Annual report of the Central Committee of the Association together with the report of the directors of the Pasteur Institute at Kasauli
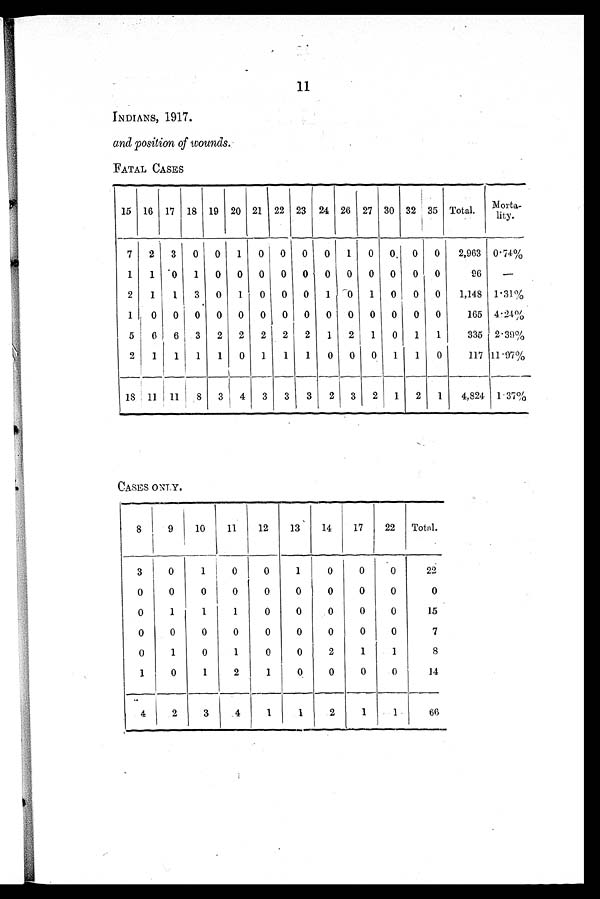
11
INDIANS, 1917.
and position of wounds.
FATAL CASES
15 16 17 18 19 20 21 22 23 24 26 27 30 32 35 Total.
Morta-lity.
7 2 3 0 0
1 0 0
0
0 1 0 0 0 0
2,963 0.74%
1 1 0 1 0 0 0 0
0
0
0 0 0 0 0
96
—
2 1
1 3 0 1 0 0 0 1 0 1 0 0 0
1,148 1.31%
1 0 0 0 0 0 0 0 0 0 0 0 0 0 0
165 4. 24%
5 6 6 3 2 2 2 2 2 1 2 1 0 1 1
335 2.39%
2 1 1 1 1 0 1 1 1 0 0 0 1 1 0
117 11.97%
18 11 11 8 3
4 3 3 3 2 3 2 1 2 1
4,824 1.37%
CASES ONLY.
8
9
10
11
12
13
14
17
22 Total.
3
0
1
0 0
1
0
0
0
22
0 I0
0
0
0
0
0
0
0
0
0
1
1
1
0
0
0
0
0
15
0
0
0
0
0
0
0
0
0
7
0
1
0
1
0
0
2
1
1
8
1
0
1
2
1
0
0
0
0
14
4
2
3
4
1
1
2
1
1
66